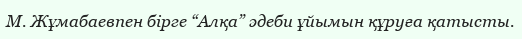
М. Жұмабаевпен бірге “Алқа” әдеби ұйымын құруға қатысты.